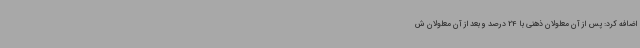
اضافه کرد: پس از آن معلولان ذهنی با 24 درصد و بعد از آن معلولان ش